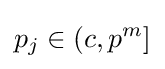
p_{j}\in (c,p^{m}]